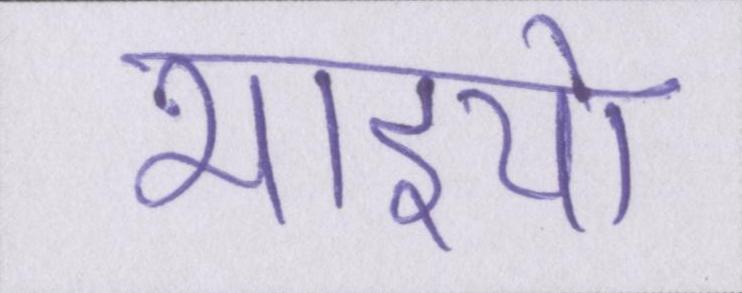
भाइयो